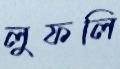
লুফলি